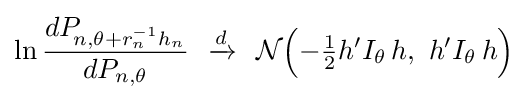
\ln {\frac {dP_{\!n,\theta +r_{n}^{-1}h_{n}}}{dP_{n,\theta }}}\ \ {\xrightarrow {d}}\ \ {\mathcal {N}}{\Big (}{-{\tfrac {1}{2}}}h'I_{\theta }\,h,\ h'I_{\theta }\,h{\Big )}